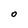
Character: 0